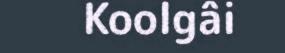
Koolgâi